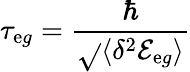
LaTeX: \tau_{\mathrm{e}g}=\frac{{\hbar}}{{\sqrt{}{{\langle\delta^{2}{\mathcal{{E}}}_{\mathrm{e}g}\rangle}}}}